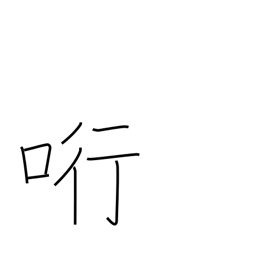
Meaning: entice